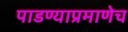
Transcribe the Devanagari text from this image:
पाडण्याप्रमाणेच